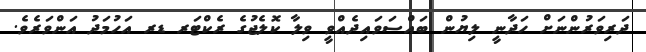
ދަރިވަރުންނަށް ހަދާނީ ލިޔުން ބައްސަވައިދެއްވީ ވިލާ ކޮލެޖުގެ ރެކްޓަރ ޑރ އަހުމަދު އަންވަރެވެ.